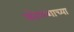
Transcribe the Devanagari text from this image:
कोळ्शाच्या